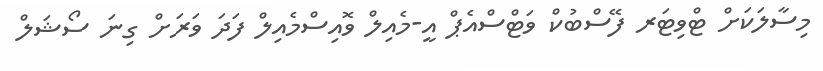
މިސާލަކަށް ޓްވިޓަރ ފޭސްބުކް ވަޓްސްއެޕް އީ-މެއިލް ވޮއިސްމެއިލް ފަދަ ވަރަށް ގިނަ ސޯޝަލް